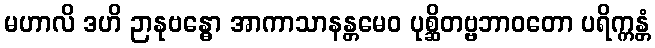
မဟာလိ ဒဟိ ဉာနုဗန္ဓော အာကာသာနန္တမေဝ ပုစ္ဆိတဗ္ဗဘာဝတော ပရိက္ကန္တံ